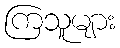
ကြသူများ